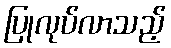
ပြုလုပ်လာသည့်